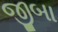
જીબા